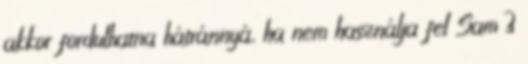
akkor fordulhatna hátránnyá, ha nem használja fel Sam 3